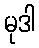
မုဒါ